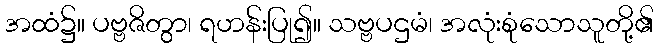
အထံ၌။ ပဗ္ဗဇိတွာ၊ ရဟန်းပြု၍။ သဗ္ဗပဌမံ၊ အလုံးစုံသောသူတို့၏